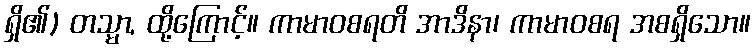
ရှိ၏) တသ္မာ, ထို့ကြောင့်။ ကာမာဝစရတိ အာဒိနာ၊ ကာမာဝစရ အစရှိသော။